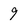
Character: 9